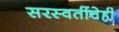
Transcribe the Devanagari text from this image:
सरस्वतींचेही